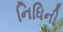
નિધિની